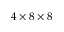
4 \times 8 \times 8